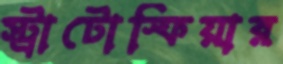
স্ট্রাটোস্ফিয়ার